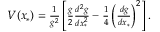
\begin{array} { r } { V ( x _ { * } ) = \frac { 1 } { g ^ { 2 } } \left[ \frac { g } { 2 } \frac { d ^ { 2 } g } { d x _ { * } ^ { 2 } } - \frac { 1 } { 4 } \left( \frac { d g } { d x _ { * } } \right) ^ { 2 } \right] . } \end{array}